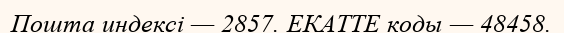
Пошта индексі — 2857. ЕКАТТЕ коды — 48458.